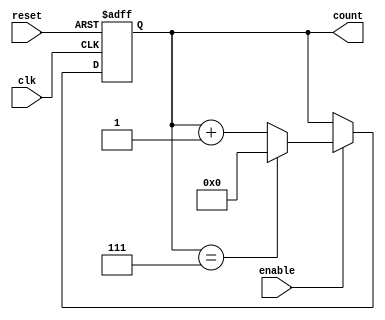
module mod_n_async_counter #(
    parameter N = 8 // Set the desired Mod-N value (N must be a power of 2 for this implementation)
)(
    input wire clk,          // Clock input
    input wire reset,        // Asynchronous reset input
    input wire enable,       // Enable input for counting
    output reg [N-1:0] count // Output count value
);

// Internal signal for reset condition
wire reset_condition;

// Determine the reset condition based on the count
assign reset_condition = (count == (N-1));

// Asynchronous reset and count increment logic
always @(posedge clk or posedge reset) begin
    if (reset) begin
        count <= 0; // Reset the count to 0
    end else if (enable) begin
        if (reset_condition) begin
            count <= 0; // Reset the count if it reaches N
        end else begin
            count <= count + 1; // Increment the count
        end
    end
end

endmodule